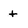
Character: t